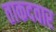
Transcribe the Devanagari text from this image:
ताकदवार